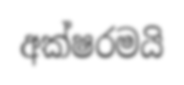
අක්ෂරමයි